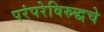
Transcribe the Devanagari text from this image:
परंपरेविरुद्धचे